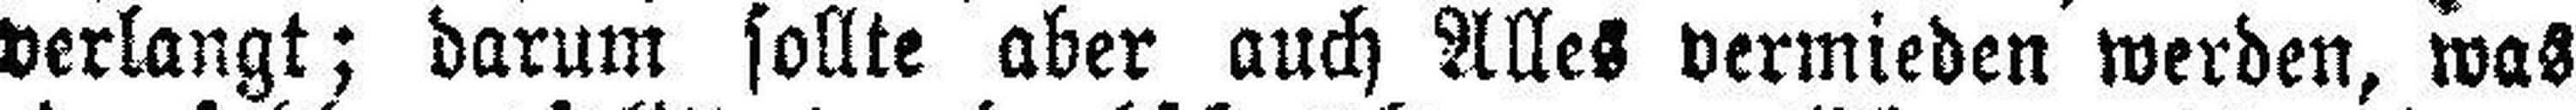
verlangt; darum sollte aber auch Alles vermieden werden, was